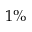
1 \%